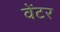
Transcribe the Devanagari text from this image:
वेंटर